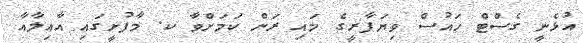
އުޅެނީ ގެސްޓް ހައުސް ވިޔަފާރީގެ މައި ރަށް ކަމަށްވާ ކ. މާފުށީގައި އާއިލާއާ